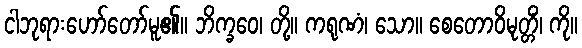
ငါဘုရားဟော်တော်မူ၏။ ဘိက္ခဝေ၊ တို့။ ကရုဏံ၊ သော။ စေတောဝိမုတ္တိံ၊ ကို။